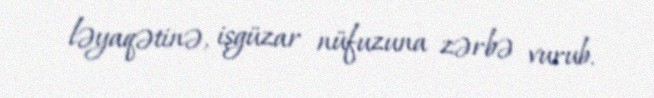
ləyaqətinə, işgüzar nüfuzuna zərbə vurub.